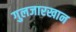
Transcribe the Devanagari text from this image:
गुलजारखान